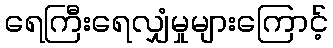
ရေကြီးရေလျှံမှုများကြောင့်